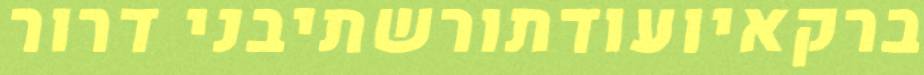
ברקאיועודתורשתיבני דרור